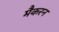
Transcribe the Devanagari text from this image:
मैकरन